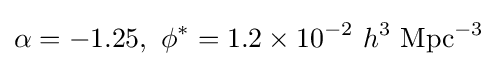
\alpha =-1.25,\ \phi ^{*}=1.2\times 10^{-2}\ h^{3}\ \mathrm {Mpc} ^{-3}